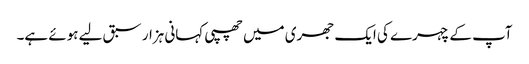
آپ کے چہرے کی ایک جھری میں چھپی کہانی ہزار سبق لیے ہوئے ہے۔